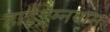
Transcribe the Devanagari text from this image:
हाईड्रेम्नयास